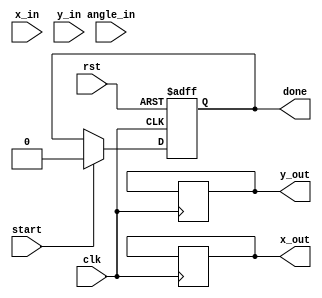
module pipeline_cordic #(
    parameter N = 16,            // Number of iterations
    parameter WIDTH = 16,        // Bit-width for coordinates and angles
    parameter ANGLE_WIDTH = 16   // Bit-width for angles
)(
    input wire clk,
    input wire rst,
    input wire start,
    input wire [WIDTH-1:0] x_in, // Initial X coordinate
    input wire [WIDTH-1:0] y_in, // Initial Y coordinate
    input wire [ANGLE_WIDTH-1:0] angle_in, // Rotation angle
    output reg [WIDTH-1:0] x_out, // Output X coordinate
    output reg [WIDTH-1:0] y_out, // Output Y coordinate
    output reg done               // Operation done signal
);

// Internal signals
reg [WIDTH-1:0] x_reg [0:N-1]; // Pipeline registers for X
reg [WIDTH-1:0] y_reg [0:N-1]; // Pipeline registers for Y
reg [ANGLE_WIDTH-1:0] angle_reg [0:N-1]; // Pipeline registers for angles
reg [N-1:0] valid; // Valid signals for each stage
reg [3:0] stage; // Current stage
reg [WIDTH-1:0] angle_table [0:N-1]; // Angle lookup table
reg [WIDTH-1:0] scaling_factors [0:N-1]; // Scaling factors

// Initialize angle lookup table and scaling factors
initial begin
    // Example values for angle table (in radians)
    angle_table[0] = 16'h26DD; // atan(2^-0)
    angle_table[1] = 16'h1C71; // atan(2^-1)
    angle_table[2] = 16'h14AE; // atan(2^-2)
    // ... Fill in the rest of the angle values

    // Example scaling factors (fixed-point representation)
    scaling_factors[0] = 16'h1; // Scale factor for iteration 0
    scaling_factors[1] = 16'h1; // Scale factor for iteration 1
    // ... Fill in the rest of the scaling factors
end

// Control unit
always @(posedge clk or posedge rst) begin
    if (rst) begin
        stage <= 0;
        done <= 0;
        valid <= 0;
    end else if (start) begin
        // Load initial values into the first stage
        x_reg[0] <= x_in;
        y_reg[0] <= y_in;
        angle_reg[0] <= angle_in;
        valid[0] <= 1;
        stage <= 1;
        done <= 0;
    end else if (stage < N) begin
        // Pipeline operation
        x_reg[stage] <= x_reg[stage-1] - (y_reg[stage-1] >>> stage);
        y_reg[stage] <= y_reg[stage-1] + (x_reg[stage-1] >>> stage);
        angle_reg[stage] <= angle_reg[stage-1] - angle_table[stage-1];

        valid[stage] <= 1;
        stage <= stage + 1;
    end else if (stage == N) begin
        // Final stage
        x_out <= x_reg[N-1] * scaling_factors[N-1];
        y_out <= y_reg[N-1] * scaling_factors[N-1];
        done <= 1;
        valid[N-1] <= 0; // Clear valid signal for the last stage
    end
end

endmodule